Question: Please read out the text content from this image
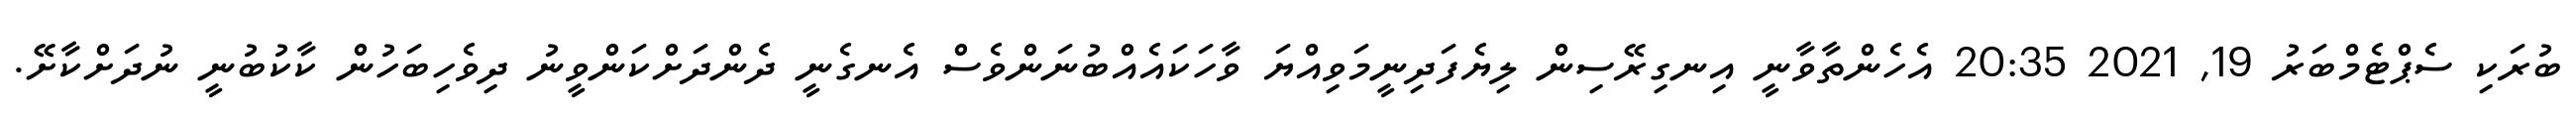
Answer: ބުރަކި ސެޕްޓެމްބަރު 19, 2021 20:35 އެހެންތާވާނީ އިނގިރޭސިން ލިޔެފަދިނީމަވިއްޔަ ވާހަކައެއްބުނަންވެސް އެނގެނީ ދެންދަށްކަންވީނު ދިވެހިބަހުން ކާކުބުނީ ނުދަށްކާށޭ.